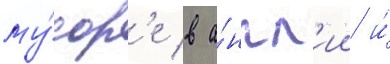
му́сор'е в а́нгл'ии и́